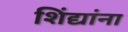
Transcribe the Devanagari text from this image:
शिंद्यांना